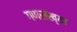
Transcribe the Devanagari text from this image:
गणसंख्या